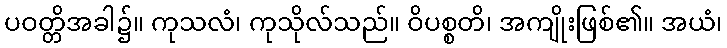
ပဝတ္တိအခါ၌။ ကုသလံ၊ ကုသိုလ်သည်။ ဝိပစ္စတိ၊ အကျိုးဖြစ်၏။ အယံ၊